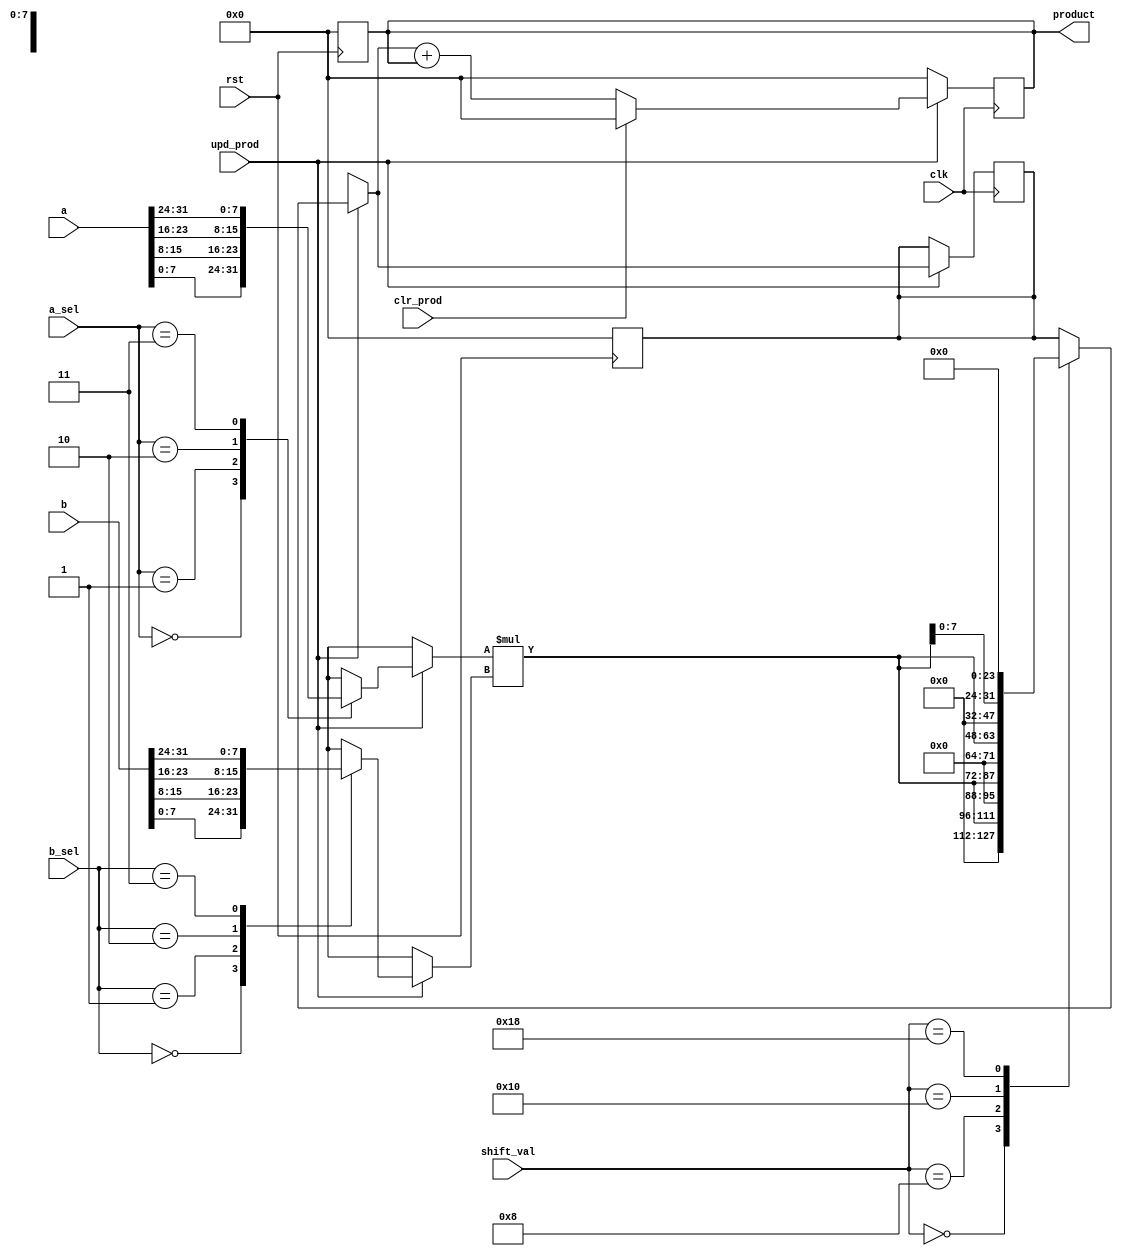
// 32X32 Multiplier arithmetic unit template
module mult32x32_arith (
    output reg [31:0] product, // Miltiplication product

    input wire [31:0] a,        // Input a
    input wire [31:0] b,        // Input b
    input wire [1:0] a_sel,     // Select one byte from A
    input wire [1:0] b_sel,     // Select one byte from B
    input wire [4:0] shift_val, // Shift value of 8-bit mult product
    input wire upd_prod,        // Update the product register
    input wire clr_prod,        // Clear the product register
    input wire clk,             // Clock
    input wire rst              // Reset
);

// Put your code here
// ------------------

//internal variables 
	reg [7:0] choosen_a;
	reg [7:0] choosen_b;
	reg [15:0] mult_res;
	reg [31:0] shift_res; //64->32

always @(posedge clk)
begin
	if(upd_prod==1'b1)
	begin
		//mux 
		case(a_sel) 
			2'b00: choosen_a=a[7:0];
			2'b01: choosen_a=a[15:8];
			2'b10: choosen_a=a[23:16];
			2'b11: choosen_a=a[31:24];
		endcase

		case(b_sel) 
			2'b00: choosen_b=b[7:0];
			2'b01: choosen_b=b[15:8];
			2'b10: choosen_b=b[23:16];
			2'b11: choosen_b=b[31:24];
		endcase
		
		mult_res=choosen_a*choosen_b;

		case(shift_val)
			5'd0: shift_res=mult_res;
			5'd8: shift_res=mult_res<<8;
			5'd16: shift_res=mult_res<<16;
			5'd24: shift_res=mult_res<<24;
/*			6'd32: shift_res=mult_res<<32;
			6'd40: shift_res=mult_res<<40;
			6'd48: shift_res=mult_res<<48;*/
		endcase
		
		product=shift_res+product;
		if(clr_prod==1'b1)
			product=32'd0; //64->32
	end //end if (upd_prod)
	else 
		product=32'd0; //64->32
end // end always

always @(posedge rst)
begin 
	choosen_a<=8'd0;
	choosen_b<=8'd0;
	mult_res<=16'd0;
	shift_res<=32'd0; //64->32
	product<=32'd0;	//64->32
end //end always
// End of your code

endmodule